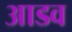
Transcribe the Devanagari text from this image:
आडव